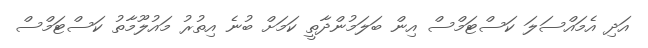
އަދި އެމައްސަލަ ކަސްޓަމްސް އިން ބަލަމުންދާތީ ކަމަށް ބުނެ އިތުރު މައުލޫމާތު ކަސްޓަމްސް